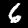
Label: 6